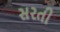
સરતી